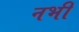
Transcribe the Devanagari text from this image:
नभीं